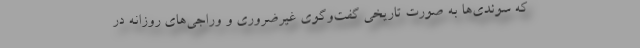
که سوئدی‌ها به صورت تاریخی گفت‌و‌گوی غیرضروری و وراجی‌های روزانه در